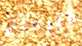
فليمنج